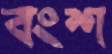
বংশ